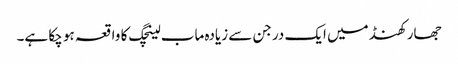
جھارکھنڈ میں ایک درجن سے زیادہ ماب لینچگ کا واقعہ ہو چکا ہے۔